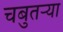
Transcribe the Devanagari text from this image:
चबुतऱ्या